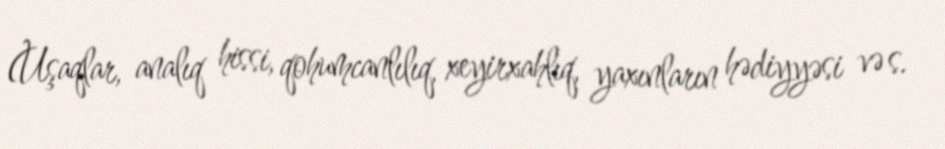
(Uşaqlar, analıq hissi, qohumcanlılıq, xeyirxahlıq, yaxınların hədiyyəsi və s.